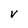
Character: v